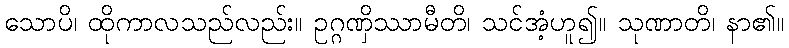
သောပိ၊ ထိုကာလသည်လည်း။ ဥဂ္ဂဏှိဿာမီတိ၊ သင်အံ့ဟူ၍။ သုဏာတိ၊ နာ၏။